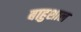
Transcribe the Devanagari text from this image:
बाहुशाल